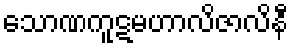
သောဏကူဋမဟာလိဇာလိနီ